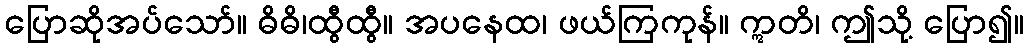
ပြောဆိုအပ်သော်။ ဓိဓိ၊ထွီထွီ။ အပနေထ၊ ဖယ်ကြကုန်။ ဣတိ၊ ဤသို့ ပြော၍။